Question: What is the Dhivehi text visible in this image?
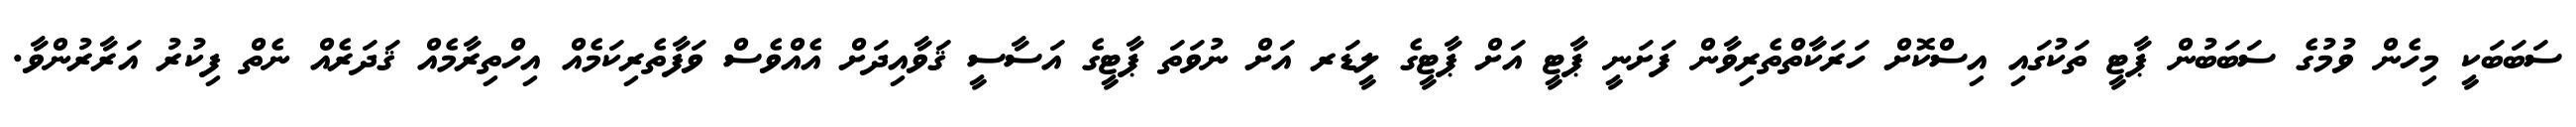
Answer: ސަބަބަކީ މިހެން ވުމުގެ ސަބަބުން ޕާޓީ ތަކުގައި އިސްކޮށް ހަރަކާތްތެރިވާން ފަށަނީ ޕާޓީ އަށް ޕާޓީގެ ލީޑަރ އަށް ނުވަތަ ޕާޓީގެ އަސާސީ ޤަވާއިދަށް އެއްވެސް ވަފާތެރިކަމެއް އިހްތިރާމެއް ޤަދަރެއް ނެތް ފިކުރު އަރާރުންވާ.